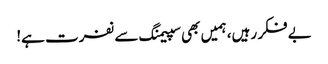
بے فکر رہیں، ہمیں بھی سپیمنگ سے نفرت ہے!